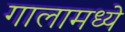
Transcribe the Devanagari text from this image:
गालामध्ये